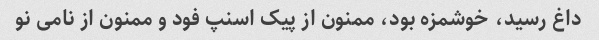
داغ رسید، خوشمزه بود، ممنون از پیک اسنپ فود و ممنون از نامی نو